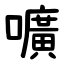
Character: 嚝